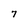
Character: 7